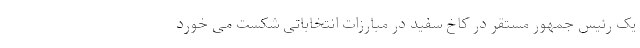
یک رئیس جمهور مستقر در کاخ سفید در مبارزات انتخاباتی شکست می خورد